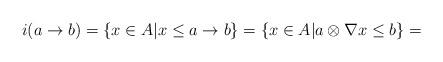
LaTeX: \begin{align*}i(a \to b)=\{x \in A | x \leq a \to b\}=\{x \in A | a \otimes \nabla x \leq b\}=\end{align*}